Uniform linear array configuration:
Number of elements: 4
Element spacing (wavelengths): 0.75
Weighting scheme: hamming
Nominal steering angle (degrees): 15
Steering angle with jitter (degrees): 16.877
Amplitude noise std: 0.05
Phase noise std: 0.05

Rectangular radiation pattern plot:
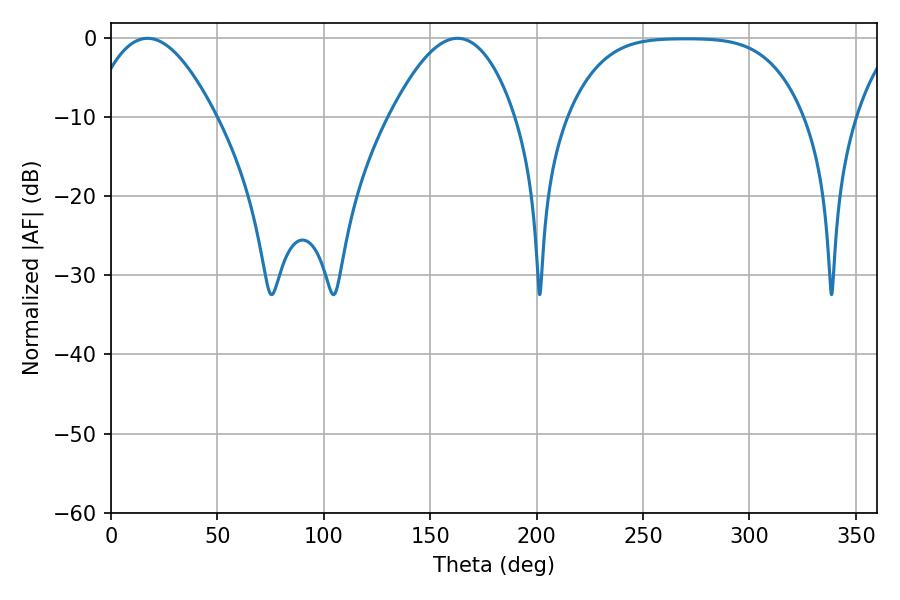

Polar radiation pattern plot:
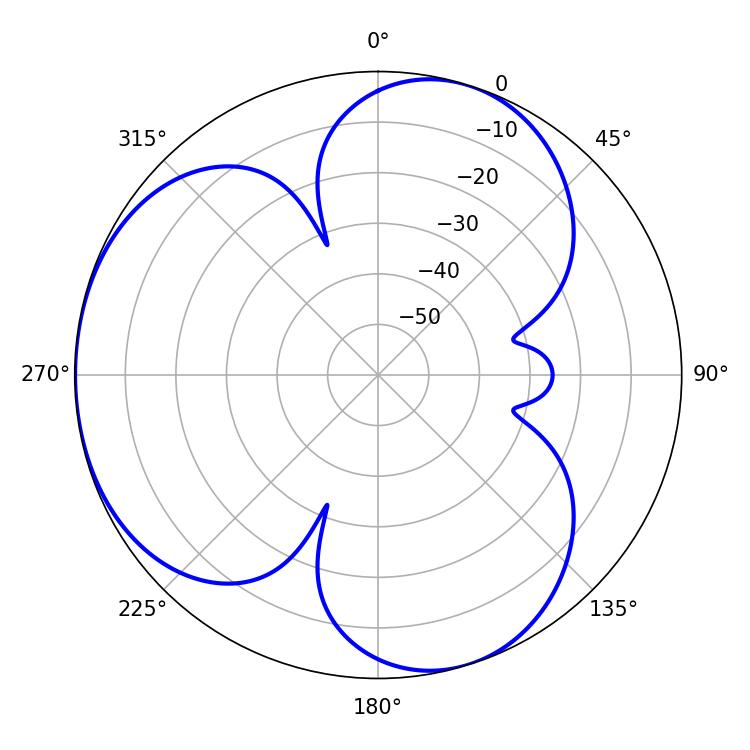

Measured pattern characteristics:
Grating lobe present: TRUE
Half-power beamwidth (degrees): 32.22
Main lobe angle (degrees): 17.1